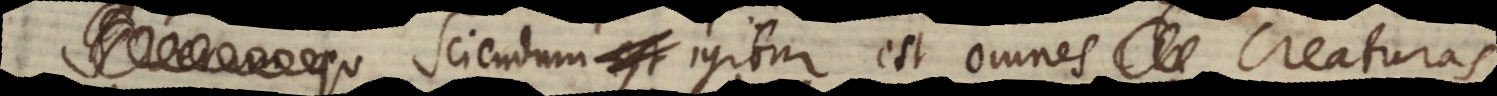
qu Sciendum igitur est omnes creaturas